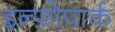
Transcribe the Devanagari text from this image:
इन्फ़ोपार्क